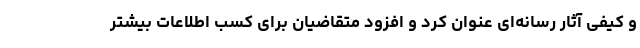
و کیفی آثار رسانه‌ای عنوان کرد و افزود متقاضیان برای کسب اطلاعات بیشتر